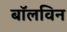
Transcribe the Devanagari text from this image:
बॉलविन